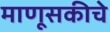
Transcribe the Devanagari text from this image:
माणूसकीचे